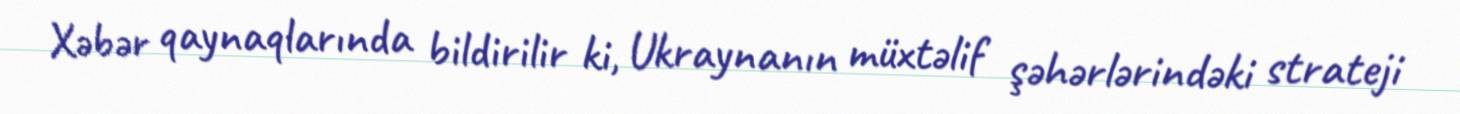
Xəbər qaynaqlarında bildirilir ki, Ukraynanın müxtəlif şəhərlərindəki strateji